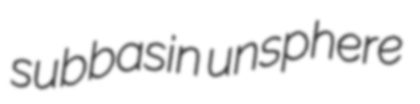
subbasin unsphere